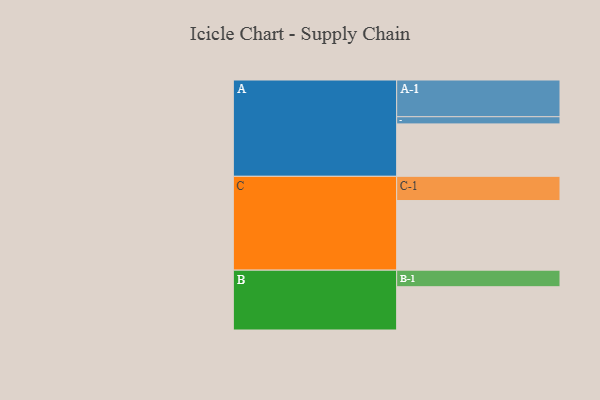
{"axis": {"x": "Segment", "y": "Value"}, "legend": ["", "A", "B", "C"], "data": [{"x": "A", "y": 424, "type": ""}, {"x": "B", "y": 350, "type": ""}, {"x": "C", "y": 563, "type": ""}, {"x": "A-1", "y": 297, "type": "A"}, {"x": "A-2", "y": 58, "type": "A"}, {"x": "B-1", "y": 134, "type": "B"}, {"x": "C-1", "y": 196, "type": "C"}]}